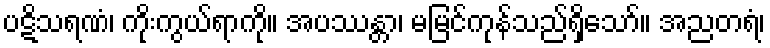
ပဋိသရဏံ၊ ကိုးကွယ်ရာကို။ အပဿန္တာ၊ မမြင်ကုန်သည်ရှိသော်။ အညတရံ၊